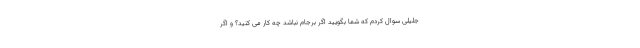
جلیلی سوال کردم که شما بگویید اگر برجام نباشد چه کار می کنید؟ و اگر